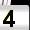
Digit: 4